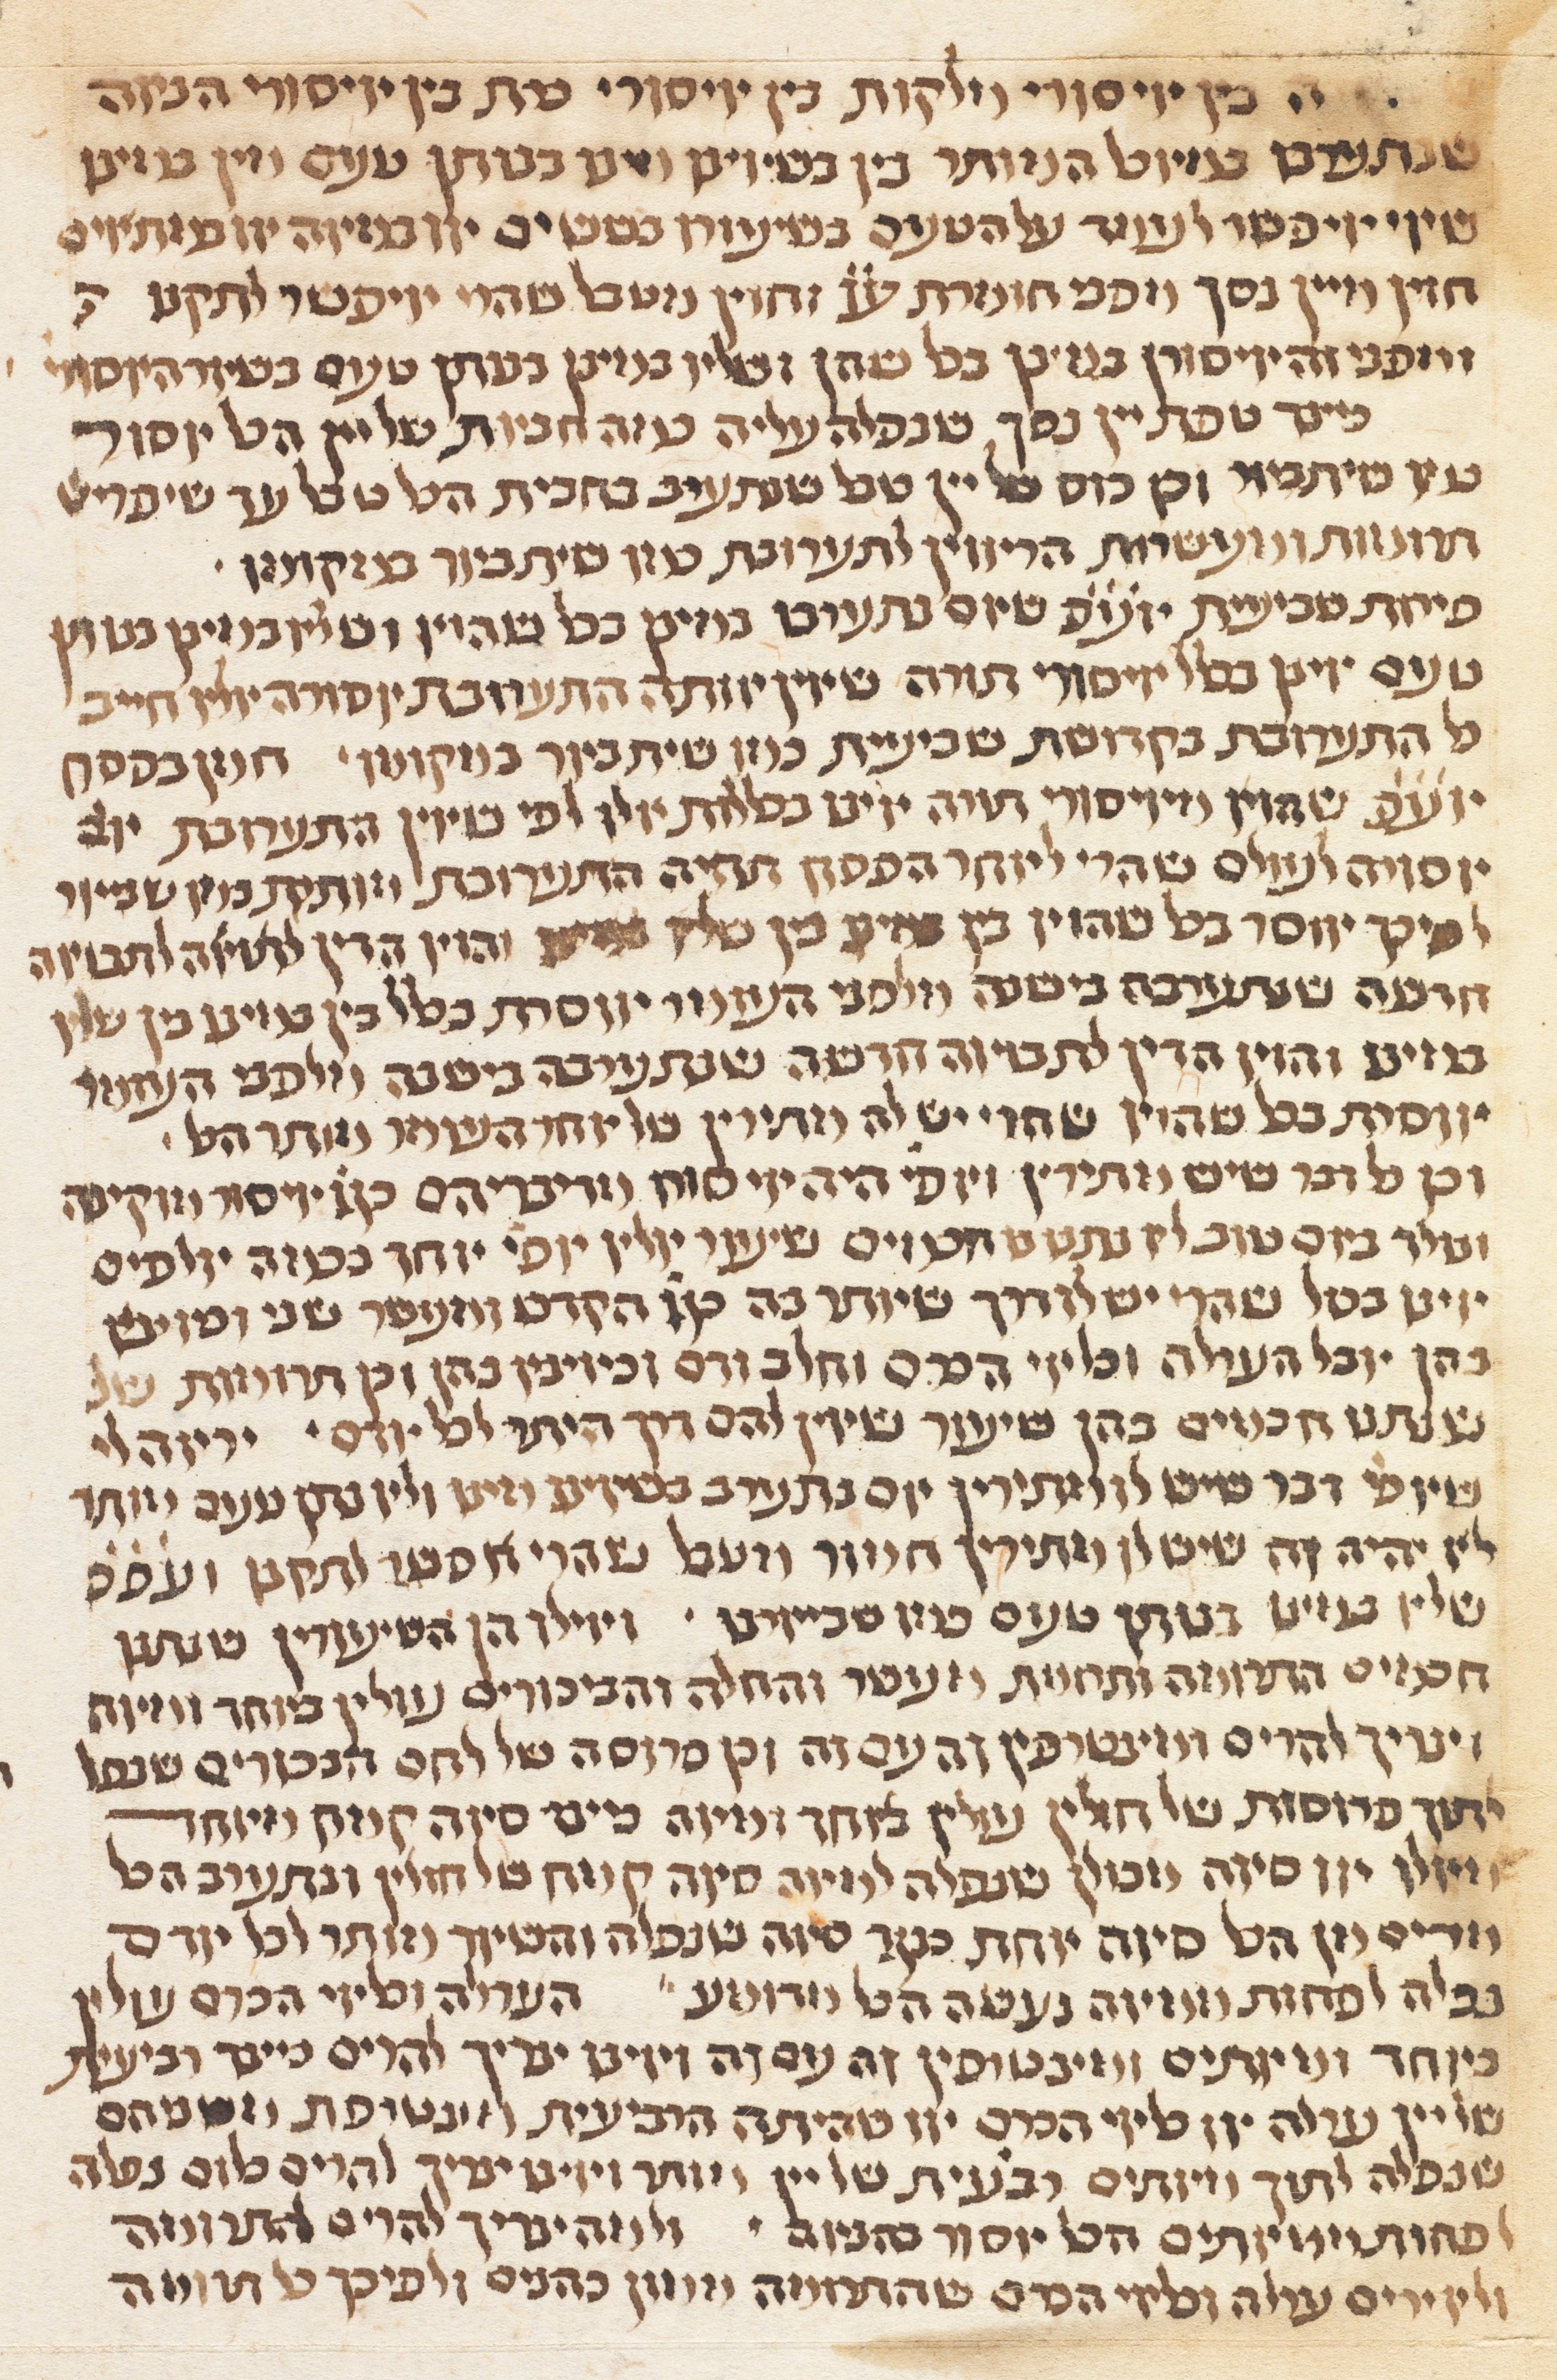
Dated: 1300–1349